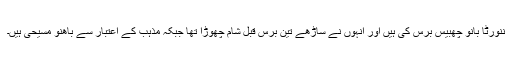
ننورٹا بانو چھبيس برس کی ہيں اور انہوں نے ساڑھے تين برس قبل شام چھوڑا تھا جبکہ مذہب کے اعتبار سے باھنو مسيحی ہيں۔